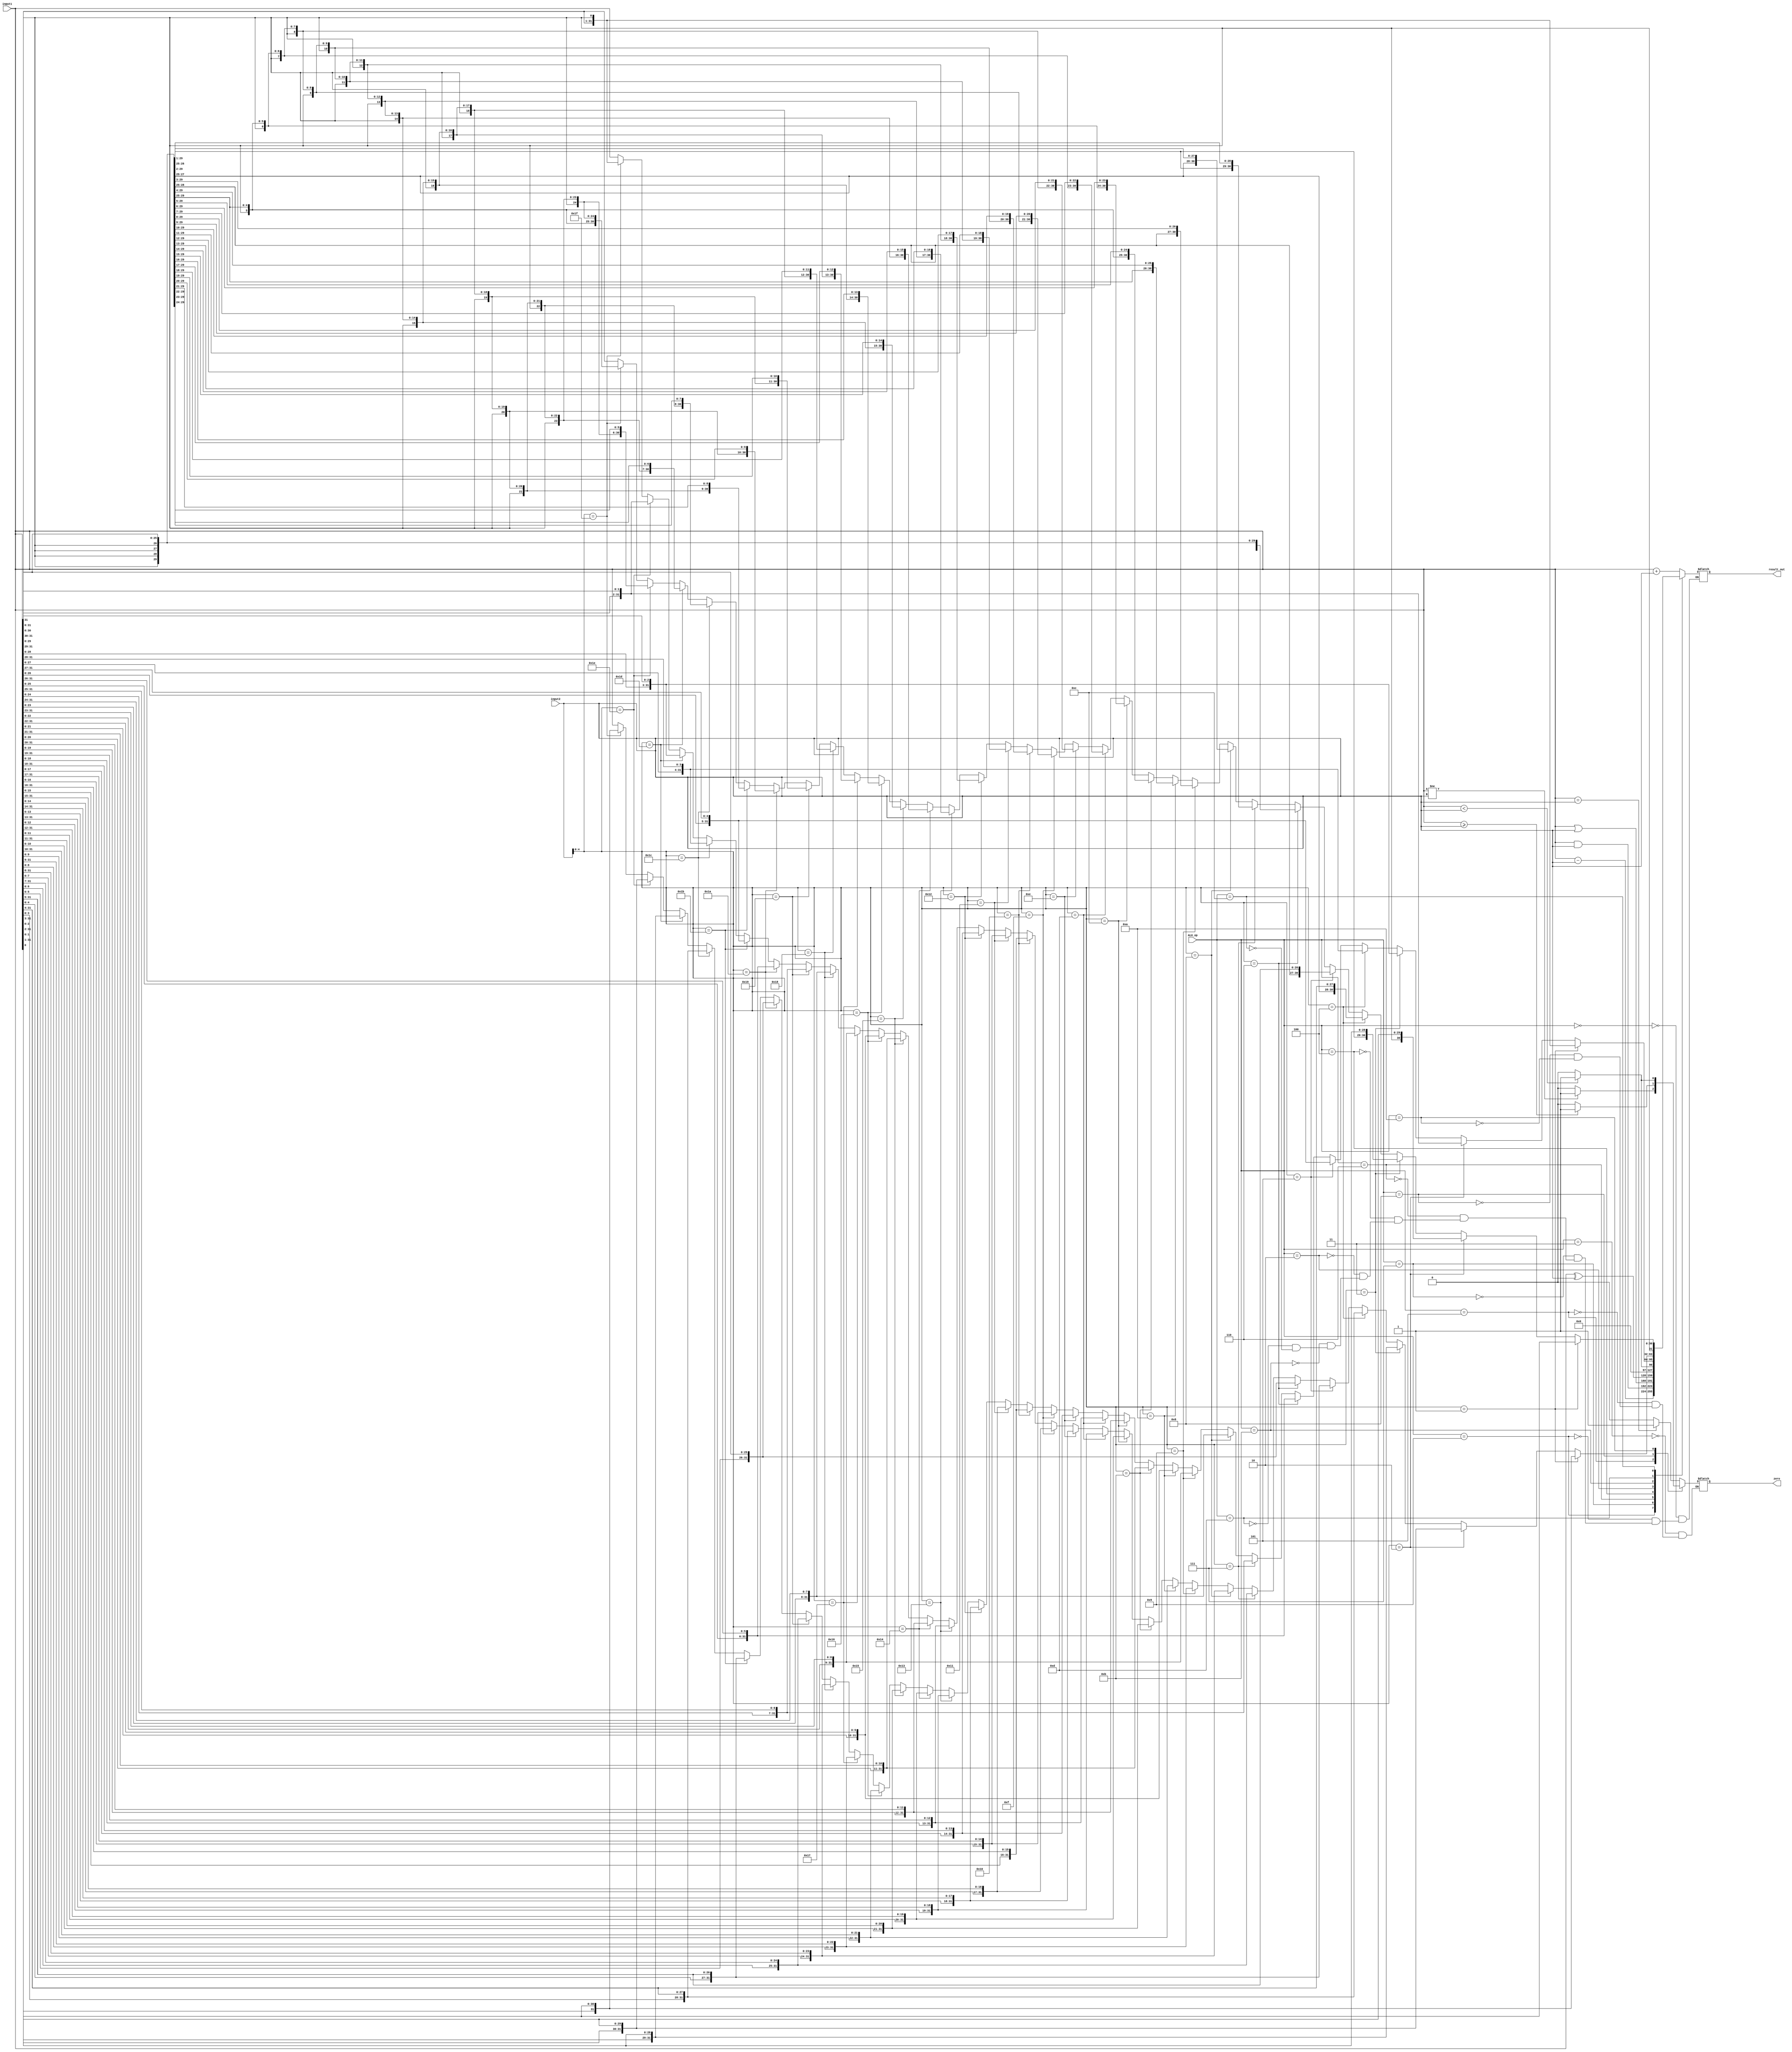
`default_nettype none
`timescale 1ns / 1ps

module ALU(
    input wire[31:0] input1,
    input wire[31:0] input2, 
    output reg[31:0] result_out,
    output reg zero,
    input wire[3:0] ALU_op
    );
    //B_shifter shftr(.in1(input1),.in2(input2),.op(),.result(result_out));
    always @*begin
    case(ALU_op)
     4'b0000: result_out = input1 + input2; //ADD ADDI
     4'b1001: result_out = input1 - input2; //SUB
     4'b0111: result_out = input1 & input2; //AND ANDI
     4'b0110: result_out = input1 | input2; //OR ORI
     4'b0100: result_out = input1 ^ input2; //XOR XORI
     4'b0010: result_out = (input1 < input2)?1:0; //SLT set less than
     4'b0011: zero = (input1 == input2)?1:0;//BEQ
     4'b0101: zero = (input1 != input2)?1:0;//BNE
     4'b1000: zero = (input1 >= input2)?1:0;//BGE BGEU
     4'b1010: zero = (input1 < input2)?1:0;//BLTU BLT
     
     4'b1011: begin   //SLL SLLI
         result_out = (input2[4:0] == 5'b00001)?{input1[30:0],input1[31]}:
         (input2[4:0] == 5'b00010)?{input1[29:0],input1[31:30]}:
         (input2[4:0] == 5'b00011)?{input1[28:0],input1[31:29]}:
         (input2[4:0] == 5'b00100)?{input1[27:0],input1[31:28]}: 
	     (input2[4:0] == 5'b00101)?{input1[26:0],input1[31:27]}:
	     (input2[4:0] == 5'b00110)?{input1[25:0],input1[31:26]}:
	     (input2[4:0] == 5'b00111)?{input1[24:0],input1[31:25]}:
	     (input2[4:0] == 5'b01000)?{input1[23:0],input1[31:24]}:
	     (input2[4:0] == 5'b01001)?{input1[22:0],input1[31:23]}:
	     (input2[4:0] == 5'b01010)?{input1[21:0],input1[31:22]}:
	     (input2[4:0] == 5'b01011)?{input1[20:0],input1[31:21]}:
	     (input2[4:0] == 5'b01100)?{input1[19:0],input1[31:20]}:
	     (input2[4:0] == 5'b01101)?{input1[18:0],input1[31:19]}:
         (input2[4:0] == 5'b01110)?{input1[17:0],input1[31:18]}:
	     (input2[4:0] == 5'b01111)?{input1[16:0],input1[31:17]}:
	     (input2[4:0] == 5'b10000)?{input1[15:0],input1[31:16]}:
	     (input2[4:0] == 5'b10001)?{input1[14:0],input1[31:15]}:
	     (input2[4:0] == 5'b10010)?{input1[13:0],input1[31:14]}:
	     (input2[4:0] == 5'b10011)?{input1[12:0],input1[31:13]}:
	     (input2[4:0] == 5'b10100)?{input1[11:0],input1[31:12]}:
	     (input2[4:0] == 5'b10101)?{input1[10:0],input1[31:11]}:
	     (input2[4:0] == 5'b10110)?{input1[09:0],input1[31:10]}:
	     (input2[4:0] == 5'b10111)?{input1[08:0],input1[31:09]}:
	     (input2[4:0] == 5'b11000)?{input1[07:0],input1[31:08]}:
	     (input2[4:0] == 5'b11001)?{input1[06:0],input1[31:07]}:
	     (input2[4:0] == 5'b11010)?{input1[05:0],input1[31:06]}:
	     (input2[4:0] == 5'b11011)?{input1[04:0],input1[31:05]}:
	     (input2[4:0] == 5'b11100)?{input1[03:0],input1[31:04]}:
	     (input2[4:0] == 5'b11101)?{input1[02:0],input1[31:03]}:
	     (input2[4:0] == 5'b11110)?{input1[01:0],input1[31:02]}:
	     (input2[4:0] == 5'b11111)?{input1[0],input1[31:01]}:
	      input1;
	      end
	 4'b1101: begin   //SRL SRLI  
          result_out = (input2[4:0] == 5'b00001)?{input1[0],input1[31:5'b00001]}:
          (input2[4:0] == 5'b00010)?{input1[5'b00010 -1:0],input1[31:5'b00010]}: 
          (input2[4:0] == 5'b00011)?{input1[5'b00011 -1:0],input1[31:5'b00011]}:
          (input2[4:0] == 5'b00100)?{input1[5'b00100 -1:0],input1[31:5'b00100]}: 
	      (input2[4:0] == 5'b00101)?{input1[5'b00101 -1:0],input1[31:5'b00101]}:
	      (input2[4:0] == 5'b00110)?{input1[5'b00110 -1:0],input1[31:5'b00110]}:
	      (input2[4:0] == 5'b00111)?{input1[5'b00111 -1:0],input1[31:5'b00111]}:
	      (input2[4:0] == 5'b01000)?{input1[5'b01000 -1:0],input1[31:5'b01000]}:
	      (input2[4:0] == 5'b01001)?{input1[5'b01001 -1:0],input1[31:5'b01001]}:
	      (input2[4:0] == 5'b01010)?{input1[5'b01010 -1:0],input1[31:5'b01010]}:
	      (input2[4:0] == 5'b01011)?{input1[5'b01011 -1:0],input1[31:5'b01011]}:
	      (input2[4:0] == 5'b01100)?{input1[5'b01100 -1:0],input1[31:5'b01100]}:
	      (input2[4:0] == 5'b01101)?{input1[5'b01101 -1:0],input1[31:5'b01101]}:
          (input2[4:0] == 5'b01110)?{input1[5'b01110 -1:0],input1[31:5'b01110]}:
	      (input2[4:0] == 5'b01111)?{input1[5'b01111 -1:0],input1[31:5'b01111]}:
	      (input2[4:0] == 5'b10000)?{input1[5'b10000 -1:0],input1[31:5'b10000]}:
	      (input2[4:0] == 5'b10001)?{input1[5'b10001 -1:0],input1[31:5'b10001]}:
	      (input2[4:0] == 5'b10010)?{input1[5'b10010 -1:0],input1[31:5'b10010]}:
	      (input2[4:0] == 5'b10011)?{input1[5'b10011 -1:0],input1[31:5'b10011]}:
	      (input2[4:0] == 5'b10100)?{input1[5'b10100 -1:0],input1[31:5'b10100]}:
	      (input2[4:0] == 5'b10101)?{input1[5'b10101 -1:0],input1[31:5'b10101]}:
	      (input2[4:0] == 5'b10110)?{input1[5'b10110 -1:0],input1[31:5'b10110]}:
	      (input2[4:0] == 5'b10111)?{input1[5'b10111 -1:0],input1[31:5'b10111]}:
	      (input2[4:0] == 5'b11000)?{input1[5'b11000 -1:0],input1[31:5'b11000]}:
	      (input2[4:0] == 5'b11001)?{input1[5'b11001 -1:0],input1[31:5'b11001]}:
	      (input2[4:0] == 5'b11010)?{input1[5'b11010 -1:0],input1[31:5'b11010]}:
	      (input2[4:0] == 5'b11011)?{input1[5'b11011 -1:0],input1[31:5'b11011]}:
	      (input2[4:0] == 5'b11100)?{input1[5'b11100 -1:0],input1[31:5'b11100]}:
	      (input2[4:0] == 5'b11101)?{input1[5'b11101 -1:0],input1[31:5'b11101]}:
	      (input2[4:0] == 5'b11110)?{input1[5'b11110 -1:0],input1[31:5'b11110]}:
	      (input2[4:0] == 5'b11111)?{input1[5'b11111 -1:0],input1[31:5'b11111]}:
	       input1;
	      end 
	      
	 4'b1100:begin   //SRA SRAI
	      result_out =(input2[4:0] == 5'b00001)?{input1[31],input1[31:1]}:
                      (input2[4:0] == 5'b00010)?{{02{input1[31]}},input1[31:02]}: 
                      (input2[4:0] == 5'b00011)?{{03{input1[31]}},input1[31:03]}:
                      (input2[4:0] == 5'b00100)?{{04{input1[31]}},input1[31:04]}: 
	                  (input2[4:0] == 5'b00101)?{{05{input1[31]}},input1[31:05]}:
	                  (input2[4:0] == 5'b00110)?{{06{input1[31]}},input1[31:06]}:
	                  (input2[4:0] == 5'b00111)?{{07{input1[31]}},input1[31:07]}:
	                  (input2[4:0] == 5'b01000)?{{08{input1[31]}},input1[31:08]}:
	                  (input2[4:0] == 5'b01001)?{{09{input1[31]}},input1[31:09]}:
	                  (input2[4:0] == 5'b01010)?{{10{input1[31]}},input1[31:10]}:
	                  (input2[4:0] == 5'b01011)?{{11{input1[31]}},input1[31:11]}:
	                  (input2[4:0] == 5'b01100)?{{12{input1[31]}},input1[31:12]}:
	                  (input2[4:0] == 5'b01101)?{{13{input1[31]}},input1[31:13]}:
                      (input2[4:0] == 5'b01110)?{{14{input1[31]}},input1[31:14]}:
	                  (input2[4:0] == 5'b01111)?{{15{input1[31]}},input1[31:15]}:
	                  (input2[4:0] == 5'b10000)?{{16{input1[31]}},input1[31:16]}:
	                  (input2[4:0] == 5'b10001)?{{17{input1[31]}},input1[31:17]}:
	                  (input2[4:0] == 5'b10010)?{{18{input1[31]}},input1[31:18]}:
	                  (input2[4:0] == 5'b10011)?{{19{input1[31]}},input1[31:19]}:
	                  (input2[4:0] == 5'b10100)?{{20{input1[31]}},input1[31:20]}:
	                  (input2[4:0] == 5'b10101)?{{21{input1[31]}},input1[31:21]}:
	                  (input2[4:0] == 5'b10110)?{{22{input1[31]}},input1[31:22]}:
	                  (input2[4:0] == 5'b10111)?{{23{input1[31]}},input1[31:23]}:
	                  (input2[4:0] == 5'b11000)?{{24{input1[31]}},input1[31:24]}:
	                  (input2[4:0] == 5'b11001)?{{25{input1[31]}},input1[31:25]}:
	                  (input2[4:0] == 5'b11010)?{{26{input1[31]}},input1[31:26]}:
	                  (input2[4:0] == 5'b11011)?{{27{input1[31]}},input1[31:27]}:
	                  (input2[4:0] == 5'b11100)?{{28{input1[31]}},input1[31:28]}:
	                  (input2[4:0] == 5'b11101)?{{29{input1[31]}},input1[31:29]}:
	                  (input2[4:0] == 5'b11110)?{{30{input1[31]}},input1[31:30]}:
	                  (input2[4:0] == 5'b11111)?{{31{input1[31]}},input1[31]}:
	                   input1;	      
	       end
	               
    endcase
    end
    
    
endmodule